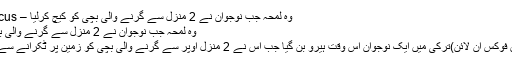
وہ لمحہ جب نوجوان نے 2 منزل سے گرنے والی بچی کو کیچ کرلیا – Pakistan Focus
وہ لمحہ جب نوجوان نے 2 منزل سے گرنے والی بچی کو کیچ کرلیا
استنبول: (پاکستان فوکس آن لائن)ترکی میں ایک نوجوان اس وقت ہیرو بن گیا جب اس نے 2 منزل اوپر سے گرنے والی بچی کو زمین پر ٹکرانے سے پہلے کیچ کرلیا۔